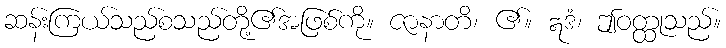
ဆန်းကြယ်သည်စသည်တို့၏အဖြစ်ကို။ ဇာနာတိ၊ ၏။ ဣဒံ၊ ဤဝတ္ထုသည်။